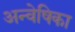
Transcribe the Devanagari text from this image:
अन्वेषिका